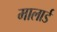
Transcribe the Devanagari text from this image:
मालार्ड